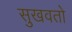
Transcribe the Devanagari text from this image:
सुखवतो